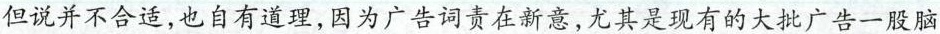
但说并不合适，也自有道理，因为广告词责在新意，尤其是现有的大批广告一股脑